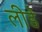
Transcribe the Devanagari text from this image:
लीडें